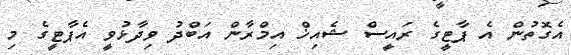
އެގޮތުން އެ ޕާޓީގެ ރައީސް ޝެއިޚް އިމްރާން އަބްދު ވިދާޅުވީ އެޕާޓީގެ މި